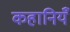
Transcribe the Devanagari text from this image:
कहानियँ